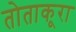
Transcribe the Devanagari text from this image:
तोताकूरा